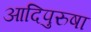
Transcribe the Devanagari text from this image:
आदिपुरुषा